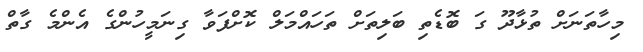
މިހާތަނަށް ތުޅާދޫ ގަ ބޮޑެތި ބަލިތަށް ތަހައްމަލް ކޮށްފަވާ ގިނަމީހުންގެ އެންމެ ގާތް